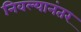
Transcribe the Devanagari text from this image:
निवल्यानंतर